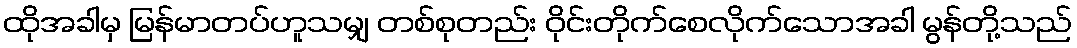
ထိုအခါမှ မြန်မာတပ်ဟူသမျှ တစ်စုတည်း ဝိုင်းတိုက်စေလိုက်သောအခါ မွန်တို့သည်